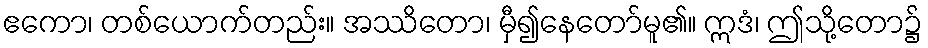
ဧကော၊ တစ်ယောက်တည်း။ အဿိတော၊ မှီ၍နေတော်မူ၏။ ဣဒံ၊ ဤသို့တော၌